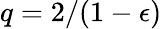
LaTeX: q=2/(1-\epsilon)